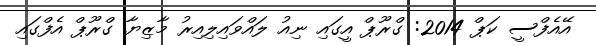
އޭއެފްސީ ކަޕް 2014: ގްރޫޕް އީގައި ނިއު ލައްވައިލިއިރު މާޒިޔާ ގްރޫޕް އެފްގައި